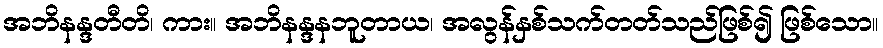
အဘိနန္ဒတီတိ၊ ကား။ အဘိနန္ဒနဘူတာယ၊ အလွန်နှစ်သက်တတ်သည်ဖြစ်၍ ဖြစ်သော။